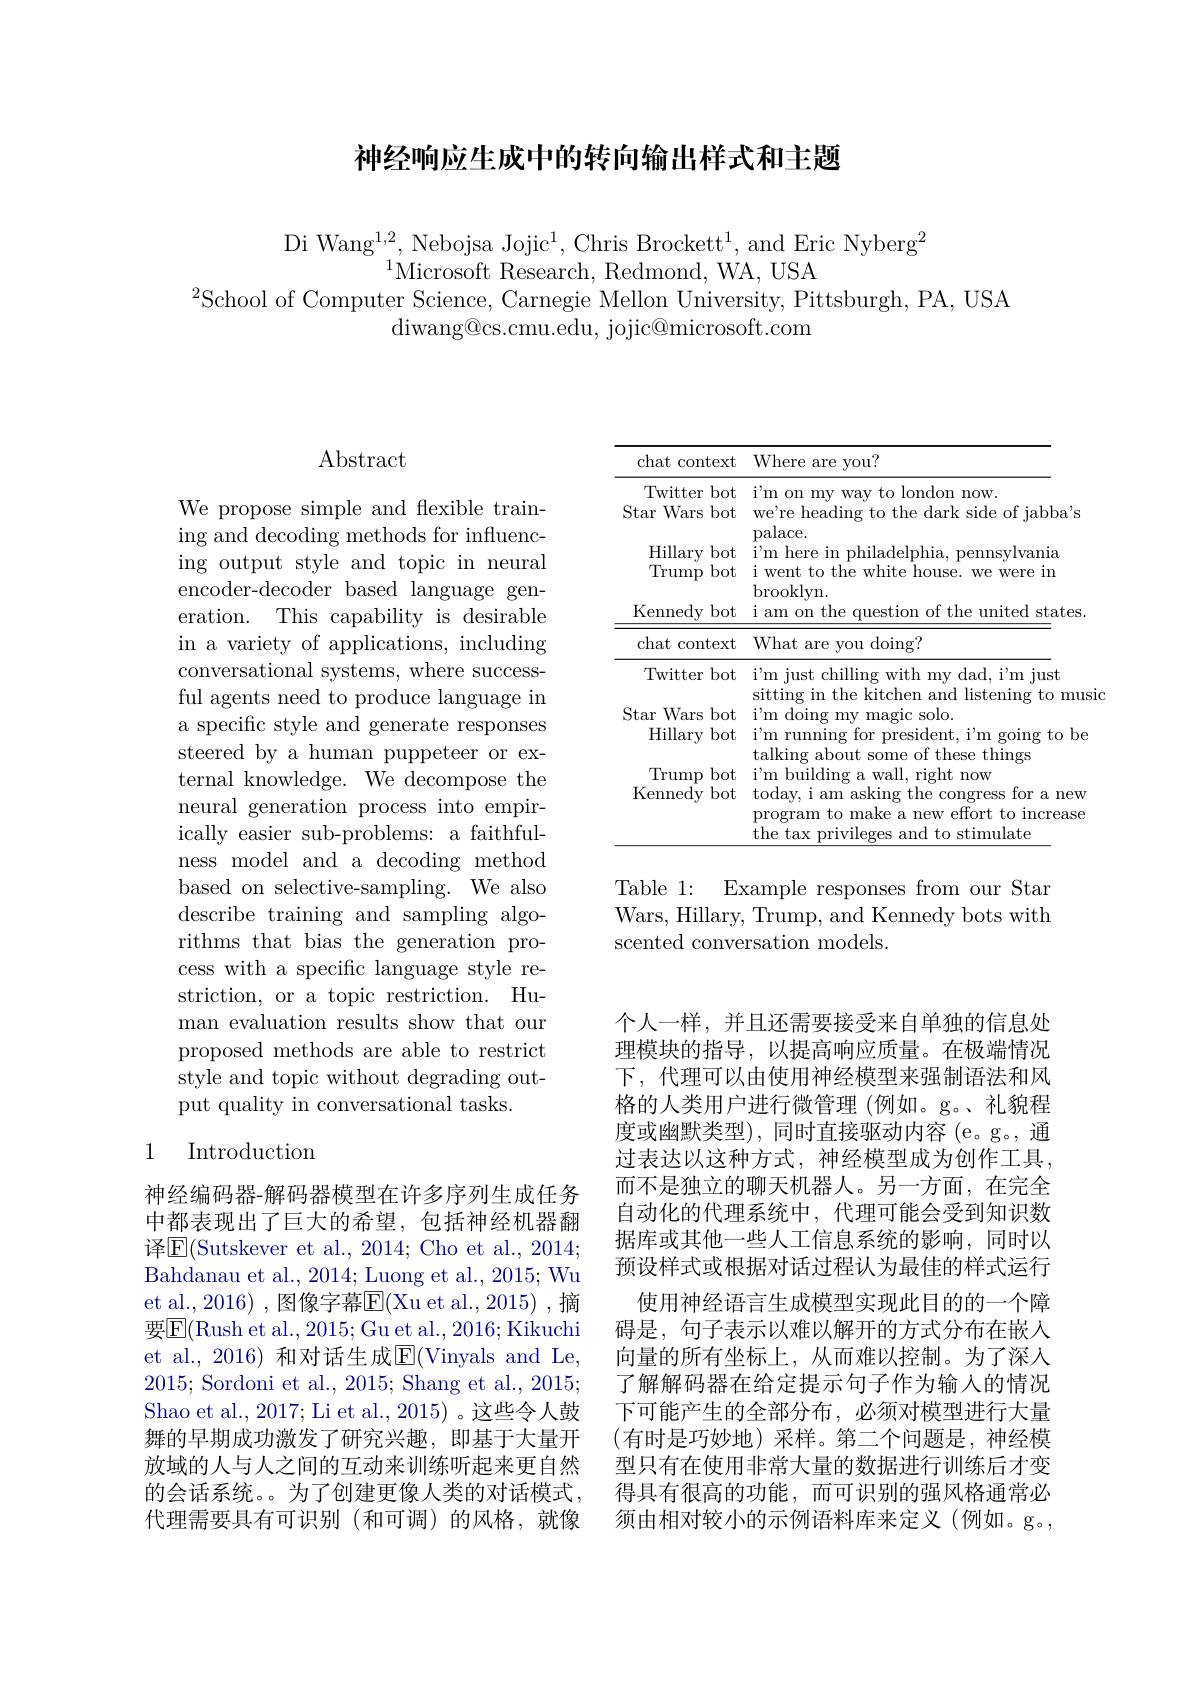
# 神经响应生成中的转向输出样式和主题

Di Wang$^1,2$,Nebojsa Jojic$^1$,Chris Brockett$^1$,and Eric Nyberg$^2$
$^{1}$Microsoft Research, Redmond, WA, USA
$^{2}$School of Computer Science, Carnegie Mellon University, Pittsburgh, PA, USA
diwang@ cs. cmu. edu, jojic@ microsoft. com

## $\operatorname{Abstract}$

We propose simple and flexible training and decoding methods for influencing output style and topic in neural encoder-decoder based language generation. This capability is desirable in a variety of applications, including conversational systems, where successful agents need to produce language in a specific style and generate responses steered by a human puppeteer or external knowledge. We decompose the neural generation process into empirically easier sub-problems: a faithfulness model and a decoding method based on selective-sampling. We also describe training and sampling algorithms that bias the generation process with a specific language style restriction, or a topic restriction. Human evaluation results show that our proposed methods are able to restrict style and topic without degrading output quality in conversational tasks.

## 1 Introduction

神经编码器-解码器模型在许多序列生成任务中都表现出了巨大的希望，包括神经机器翻译$\operatorname{E}($Sutskever et al., 2014; Cho et al., 2014; Bahdanau et al., 2014; Luong et al., 2015; Wu et al., 2016) , 图像字幕$\overline{\mathrm{E}}($Xu et al., 2015) , 摘要$\overline{\mathrm{E}}($Rush et al., 2015; Gu et al., 2016; Kikuchi et al., 2016) 和对话生成$\overline{\mathrm{E}}($Vinyals and Le, 2015; Sordoni et al., 2015; Shang et al., 2015; Shao et al., 2017; Li et al., 2015) 。这些令人鼓舞的早期成功激发了研究兴趣，即基于大量开放域的人与人之间的互动来训练听起来更自然的会话系统。为了创建更像人类的对话模式， 代理需要具有可识别(和可调)的风格，就像

<table>
	<tbody>
		<tr>
			<th>chat context</th>
			<th>Where are you?</th>
		</tr>
		<tr>
			<td>Twitter bot Star Wars bot</td>
			<td>i'm on my way to london now. we're heading to the dark side of jabba's</td>
		</tr>
		<tr>
			<td>Hillary bot Trump bot</td>
			<td>palduc i'm here in philadelphia, pennsylvania i went to the white house. we were in</td>
		</tr>
		<tr>
			<td>Kennedy bot</td>
			<td>i am on the question of the united states.</td>
		</tr>
		<tr>
			<td>chat context</td>
			<td>What are you doing?</td>
		</tr>
		<tr>
			<td>Twitter bot Star Wars hot</td>
			<td>$i^{\prime }$m just chilling with my dad, $i^{\prime }$m just sitting in the kitchen and listening to mus $\dot{\text{vinm}}$ salc</td>
		</tr>
		<tr>
			<td>${\mathcal{D}}$tar vvars bol Hillary bot</td>
			<td>$\mathrm{i}^{\mathrm{'m}}$ru DreslC dent, $i^{\prime }$m going to be</td>
		</tr>
		<tr>
			<td>Trump bot Kennedy bot</td>
			<td>${\ddot{\boldsymbol{d}}}{\mathbf{l}}{\mathbf{k}}{\mathbf{l}}$ $\lg aD0u$ cse tmmgs i'm building a wall, right now today, i am asking the congress for a new program to make a new effort to increase the tax privileges and to stimulate</td>
		</tr>
	</tbody>
</table>

Table 1: Example responses from our Star Wars, Hillary, Trump, and Kennedy bots with scented conversation models.

个人一样，并且还需要接受来自单独的信息处理模块的指导，以提高响应质量。在极端情况下，代理可以由使用神经模型来强制语法和风格的人类用户进行微管理 (例如。g。、礼貌程度或幽默类型),同时直接驱动内容(e。g。,通过表达以这种方式，神经模型成为创作工具， 而不是独立的聊天机器人。另一方面，在完全自动化的代理系统中，代理可能会受到知识数据库或其他一些人工信息系统的影响，同时以预设样式或根据对话过程认为最佳的样式运行使用神经语言生成模型实现此目的的一个障碍是，句子表示以难以解开的方式分布在嵌入向量的所有坐标上，从而难以控制。为了深人了解解码器在给定提示句子作为输入的情况下可能产生的全部分布，必须对模型进行大量(有时是巧妙地)采样。第二个问题是，神经模型只有在使用非常大量的数据进行训练后才变得具有很高的功能，而可识别的强风格通常必须由相对较小的示例语料库来定义(例如。g。,